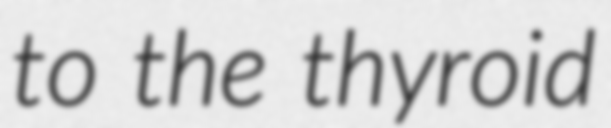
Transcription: to the thyroid